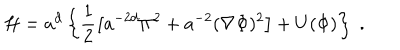
{ \cal H } = a ^ { d } \left\{ \frac { 1 } { 2 } \left[ a ^ { - 2 d } \Pi ^ { 2 } + a ^ { - 2 } ( { \bf \nabla } \Phi ) ^ { 2 } \right] + U ( \Phi ) \right\} \; .